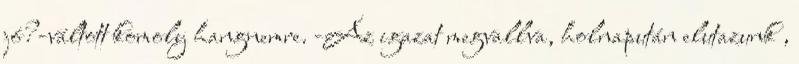
jó?-váltott komoly hangnemre. -Az igazat megvallva, holnapután elutazunk ,